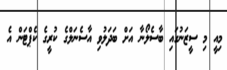
މިއީ މި ސީޒަނުގައި ބާސެލޯނާ އަށް ބަދަލުވި އާސެނަލްގެ ކުރީގެ ކެޕްޓަން އެ